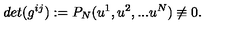
d e t ( g ^ { i j } ) : = P _ { N } ( u ^ { 1 } , u ^ { 2 } , . . . u ^ { N } ) \not \equiv 0 .